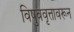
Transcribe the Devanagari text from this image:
विषुववृत्तावरून